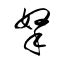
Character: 拏